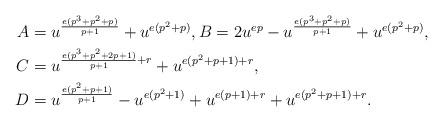
LaTeX: \begin{align*}A&=u^{\frac{e(p^3+p^2+p)}{p+1}}+u^{e(p^2+p)}, B=2u^{ep}-u^{\frac{e(p^3+p^2+p)}{p+1}}+u^{e(p^2+p)},\\C&=u^{\frac{e(p^3+p^2+2p+1)}{p+1}+r}+u^{e(p^2+p+1)+r},\\D&=u^{\frac{e(p^2+p+1)}{p+1}}-u^{e(p^2+1)}+u^{e(p+1)+r}+u^{e(p^2+p+1)+r}.\end{align*}